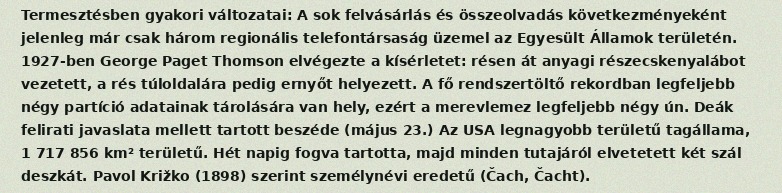
Termesztésben gyakori változatai: A sok felvásárlás és összeolvadás következményeként jelenleg már csak három regionális telefontársaság üzemel az Egyesült Államok területén. 1927-ben George Paget Thomson elvégezte a kísérletet: résen át anyagi részecskenyalábot vezetett, a rés túloldalára pedig ernyőt helyezett. A fő rendszertöltő rekordban legfeljebb négy partíció adatainak tárolására van hely, ezért a merevlemez legfeljebb négy ún. Deák felirati javaslata mellett tartott beszéde (május 23.) Az USA legnagyobb területű tagállama, 1 717 856 km² területű. Hét napig fogva tartotta, majd minden tutajáról elvetetett két szál deszkát. Pavol Križko (1898) szerint személynévi eredetű (Čach, Čacht).